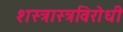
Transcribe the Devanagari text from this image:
शस्त्रास्त्रविरोधी